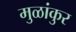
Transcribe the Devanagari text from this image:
मुळांकुर